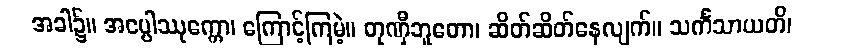
အခါ၌။ အပ္ပေါဿုက္ကော၊ ကြောင့်ကြမဲ့။ တုဏှီဘူတော၊ ဆိတ်ဆိတ်နေလျက်။ သင်္ကသာယတိ၊